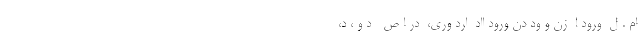
ام . ل  ورود ا  زن و ود دن ورود ااد  ارد وري،  در ا ص   د و ، د،